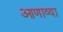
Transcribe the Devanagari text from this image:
आणाव्या